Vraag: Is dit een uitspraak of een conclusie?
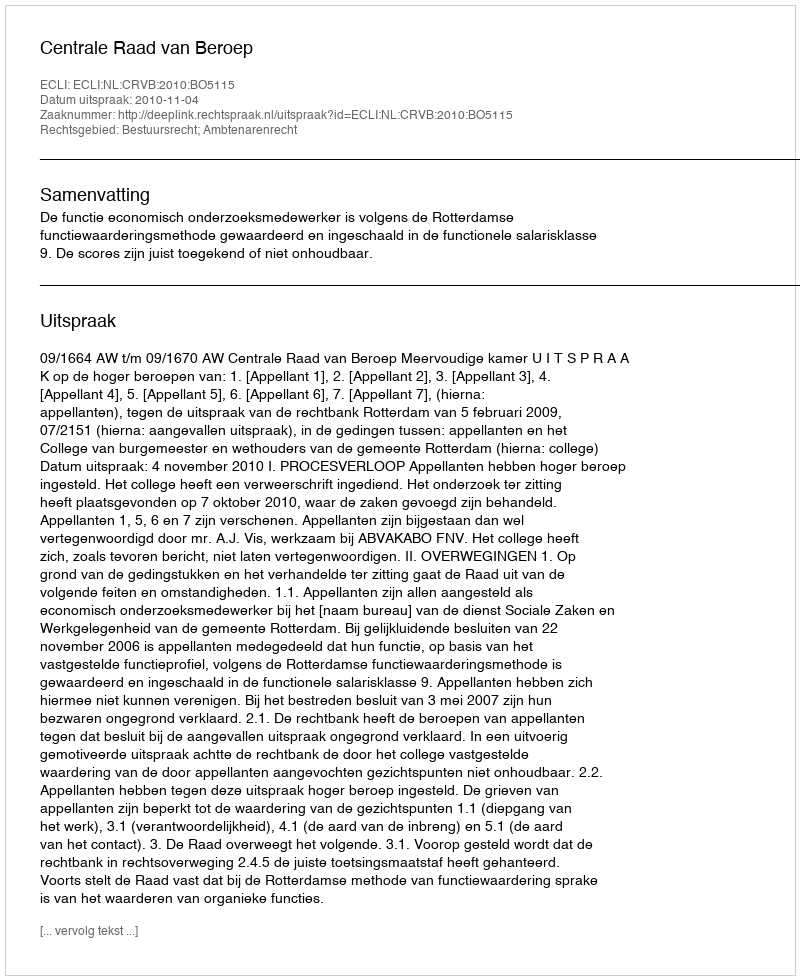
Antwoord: Uitspraak